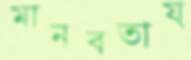
মানবতায়